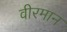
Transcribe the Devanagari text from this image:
वीरमान